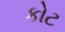
કોટ